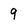
Character: 9